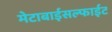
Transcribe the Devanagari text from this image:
मेटाबाईसल्फाईट